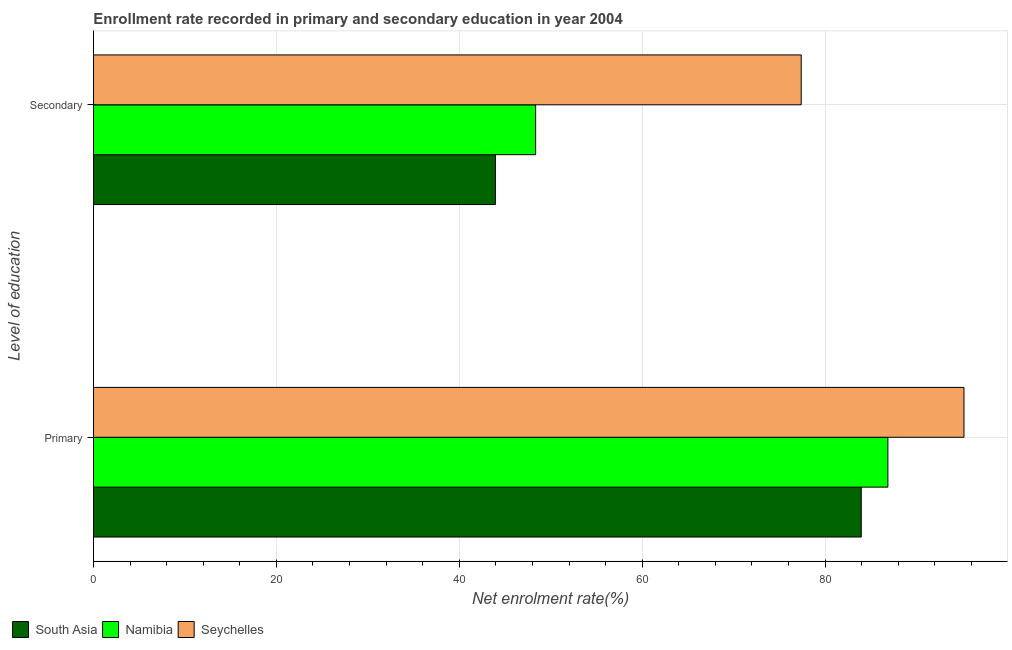
| Level of education | South Asia | Namibia | Seychelles |
 | --- | --- | --- | --- |
 | Primary | 84 | 86.9 | 95.2 |
 | Secondary | 44 | 48.3 | 77.4 |